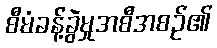
စီမံခန့်ခွဲမှုအစီအစဉ်၏